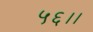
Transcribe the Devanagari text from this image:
५६।।